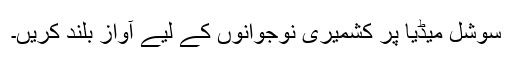
سوشل میڈیا پر کشمیری نوجوانوں کے لیے آواز بلند کریں۔